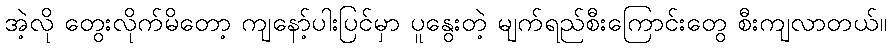
အဲ့လို တွေးလိုက်မိတော့ ကျနော့်ပါးပြင်မှာ ပူနွေးတဲ့ မျက်ရည်စီးကြောင်းတွေ စီးကျလာတယ်။